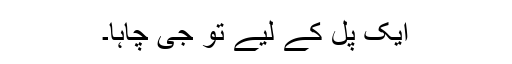
ایک پل کے لیے تو جی چاہا۔